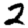
Digit: 2